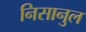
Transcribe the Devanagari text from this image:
निसानुल